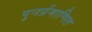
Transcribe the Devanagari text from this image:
पुनर्प्रमाणित